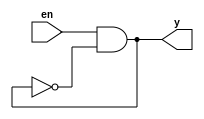
module test(input en, output reg y);
  always @*
    y = en & !y;
endmodule